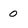
Character: 0